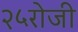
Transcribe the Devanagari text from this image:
२५रोजी